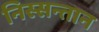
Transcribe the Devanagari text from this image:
निस्सन्तान